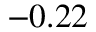
- 0 . 2 2